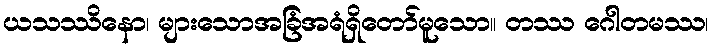
ယသဿိနော၊ များသောအခြံအရံရှိတော်မူသော။ တဿ ဂေါတမဿ၊